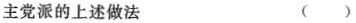
主党派的上述做法 ()